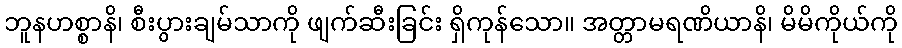
ဘူနဟစ္စာနိ၊ စီးပွားချမ်သာကို ဖျက်ဆီးခြင်း ရှိကုန်သော။ အတ္တာမရဏိယာနိ၊ မိမိကိုယ်ကို